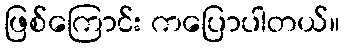
ဖြစ်ကြောင်း ကပြောပါတယ်။